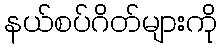
နယ်စပ်ဂိတ်များကို